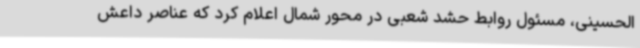
الحسینی، مسئول روابط حشد شعبی در محور شمال اعلام کرد که عناصر داعش